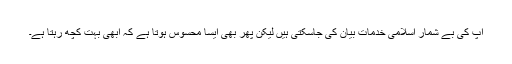
آپ کی بے شمار اسلامی خدمات بیان کی جاسکتی ہیں لیکن پھر بھی ایسا محسوس ہوتا ہے کہ ابھی بہت کچھ رہتا ہے۔